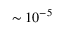
\sim 1 0 ^ { - 5 }